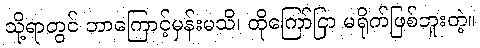
သို့ရာတွင် ဘာကြောင့်မှန်းမသိ၊ ထိုကြော်ငြာ မရိုက်ဖြစ်ဘူးတဲ့။